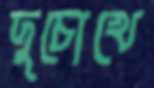
দুচোখে